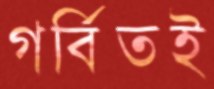
গর্বিতই